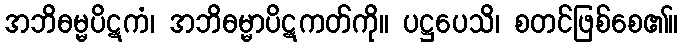
အဘိဓမ္မပိဋကံ၊ အဘိဓမ္မာပိဋကတ်ကို။ ပဋ္ဌပေသိ၊ စတင်ဖြစ်စေ၏။